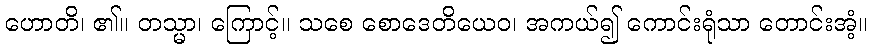
ဟောတိ၊ ၏။ တသ္မာ၊ ကြောင့်။ သစေ စောဒေတိယေဝ၊ အကယ်၍ ကောင်းရုံသာ တောင်းအံ့။